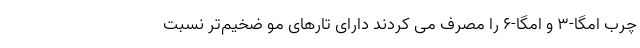
چرب امگا-3 و امگا-6 را مصرف می کردند دارای تارهای مو ضخیم‌تر نسبت